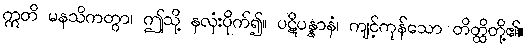
ဣတိ မနသိကတွာ၊ ဤသို့ နှလုံးပိုက်၍။ ပဋိပန္နာနံ၊ ကျင့်ကုန်သော တိတ္ထိတို့၏။